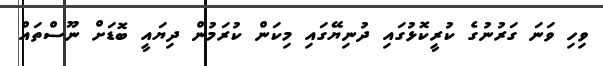
ވިހި ވަނަ ގަރުނުގެ ކުރީކޮޅުގައި ދުނިޔޭގައި މިކަން ކުރަމުން ދިޔައީ ބޮޑަށް ނޫސްތައް